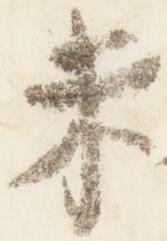
未